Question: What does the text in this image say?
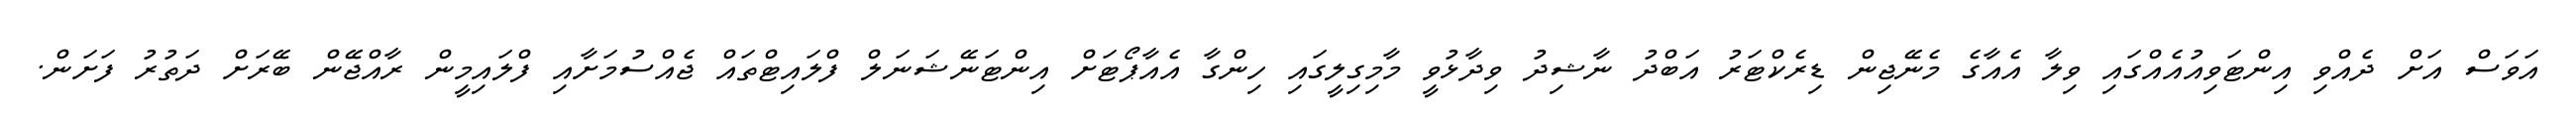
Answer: އަވަސް އަށް ދެއްވި އިންޓަވިއުއެއްގައި ވިލާ އެއާގެ މެނޭޖިން ޑިރެކްޓަރު އަބްދު ނާޝިދު ވިދާޅުވީ މާމިގިލީގައި ހިންގާ އެއާޕޯޓަށް އިންޓަނޭޝަނަލް ފްލައިޓްތައް ޖެއްސުމަށާއި ފްލައިމީން ރާއްޖޭން ބޭރަށް ދަތުރު ފަށަން.